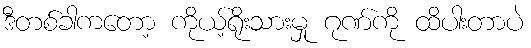
ဒီတစ်ခါကတော့ ကိုယ့်ရိုးသားမှု ဂုဏ်ကို ထိပါးတာပဲ